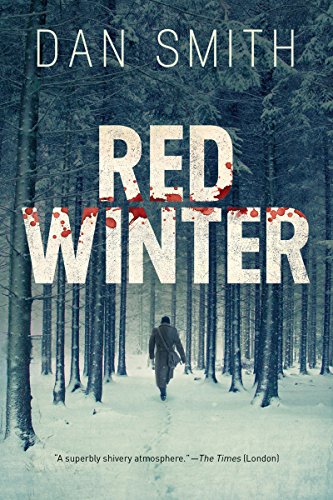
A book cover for Red Winter: A Novel; Dan Smith; Literature & Fiction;